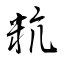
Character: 粇